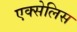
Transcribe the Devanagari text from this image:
एक्सेलिस